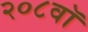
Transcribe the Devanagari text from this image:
२०८वॉ